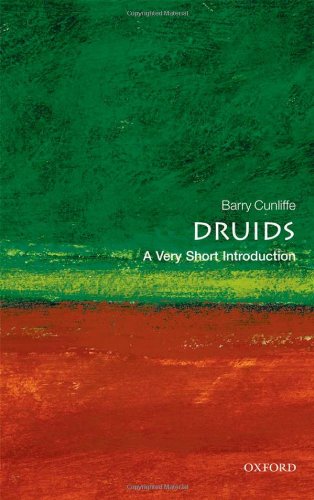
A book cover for Druids: A Very Short Introduction; Barry Cunliffe; Religion & Spirituality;